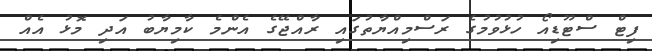
ފިޓް ސްޓޫޑިއޯ ހުޅުވުމުގެ ރަސްމިއްޔާތުގައި ރާއްޖޭގެ އެންމެ ކާމިޔާބު އަދި މޮޅު އެއް